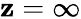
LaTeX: \mathbf{z}=\infty